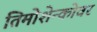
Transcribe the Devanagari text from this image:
तिमोशेन्कोवर